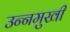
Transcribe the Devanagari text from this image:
उन्‍नमुखी